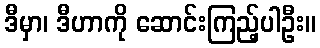
ဒီမှာ၊ ဒီဟာကို ဆောင်းကြည့်ပါဦး။